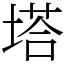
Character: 塔